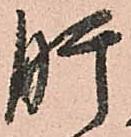
肝